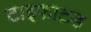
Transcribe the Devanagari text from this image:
टाइफाटड